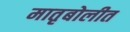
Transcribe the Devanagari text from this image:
मातृबोलीत